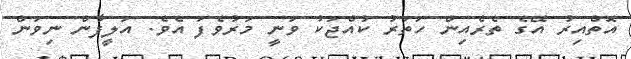
އޮތްއިރު އޭގެ ތެރެއިން ހަތަރު ކުއްޖަކު ވަނީ މަރުވެފަ އެވެ. އަލީފާން ނިވަން